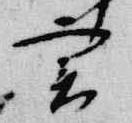
実